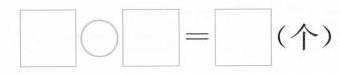
$$\square \bigcirc \square = \square$$(个)